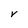
Character: V